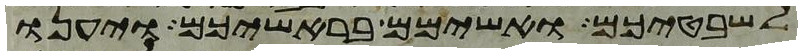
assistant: לשבטיכם ואשימם בראשיכם ויענו